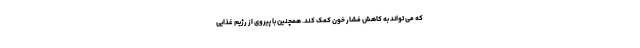
که می تواند به کاهش فشار خون کمک کند. همچنین با پیروی از رژیم غذایی